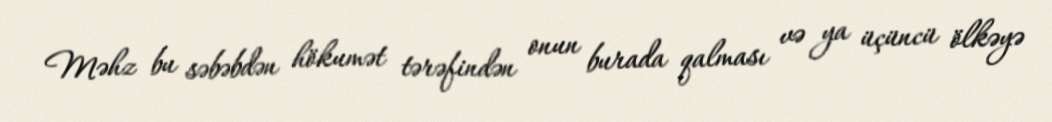
Məhz bu səbəbdən hökumət tərəfindən onun burada qalması və ya üçüncü ölkəyə